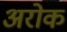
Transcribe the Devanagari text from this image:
अरोक